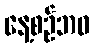
နေ့စဉ်ဘဝ